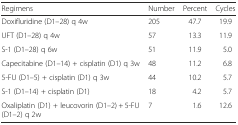
<table><thead><tr><td><b>Regimens</b></td><td><b>Number</b></td><td><b>Percent</b></td><td><b>Cycles</b></td></tr></thead><tbody><tr><td>Doxifluridine (D1–28) q 4w</td><td>205</td><td>47.7</td><td>19.9</td></tr><tr><td>UFT (D1–28) q 4w</td><td>57</td><td>13.3</td><td>11.9</td></tr><tr><td>S-1 (D1–28) q 6w</td><td>51</td><td>11.9</td><td>5.0</td></tr><tr><td>Capecitabine (D1–14) + cisplatin (D1) q 3w</td><td>48</td><td>11.2</td><td>6.8</td></tr><tr><td>5-FU (D1–5) + cisplatin (D1) q 3w</td><td>44</td><td>10.2</td><td>5.7</td></tr><tr><td>S-1 (D1–14) + cisplatin (D1)</td><td>18</td><td>4.2</td><td>5.7</td></tr><tr><td>Oxaliplatin (D1) + leucovorin (D1–2) + 5-FU (D1–2) q 2w</td><td>7</td><td>1.6</td><td>12.6</td></tr></tbody></table>